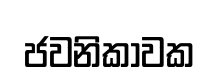
ජවනිකාවක